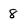
Character: 8